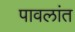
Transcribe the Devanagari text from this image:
पावलांत